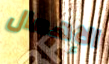
الإهمال